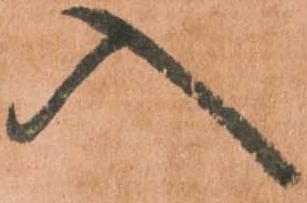
入